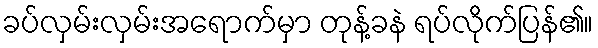
ခပ်လှမ်းလှမ်းအရောက်မှာ တုန့်ခနဲ ရပ်လိုက်ပြန်၏။